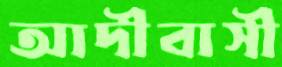
আদীবাসী